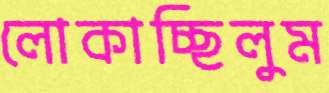
লোকাচ্ছিলুম